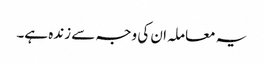
یہ معاملہ ان کی وجہ سے زندہ ہے۔